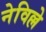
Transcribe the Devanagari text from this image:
नेविल्ले